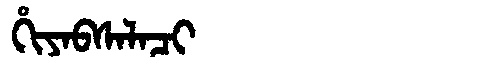
Manchu: ᡥᡳᠶᠠᠪᠰᠠᠯᠠᠴᡳ
Romanization: HIYABSALACI